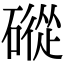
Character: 磫